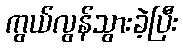
ကွယ်လွန်သွားခဲ့ပြီး